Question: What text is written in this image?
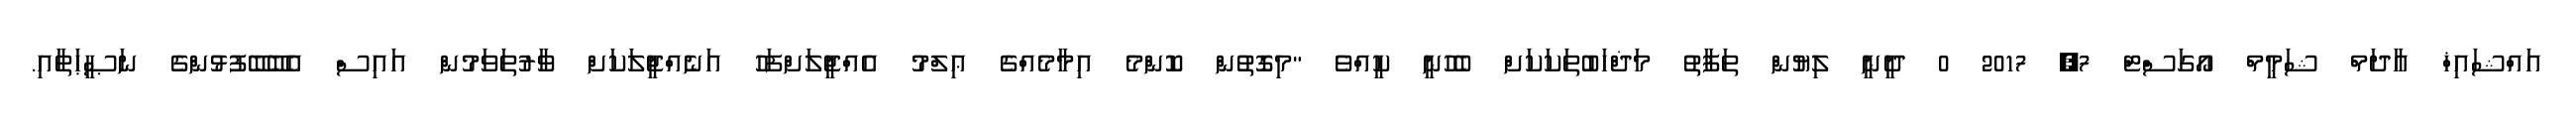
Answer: އައްޝައިޚް އާދަމް ޝަމީމް އޯގަސްޓް 7, 2017 0 ދީނީ ލިޔުން ތަފާތު މަޛްހަބުތަކަކަށް ބެހުނީ ކީއްވެ "މިގޮތުން ކޮންމެ އިމާމެއްގެ ޢިލްމު އެއްޖީލަށްފަހު އަނެއްޖީލަކަށް ވާރުތަވަމުން އައިސް އެބޭބޭފުޅުންގެ ނަޞީޙަތާއި.